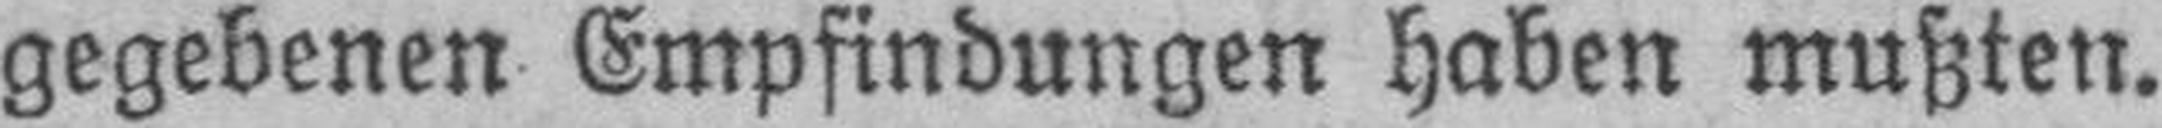
gegebenen Empfindungen haben mußten.